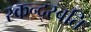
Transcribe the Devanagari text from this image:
स्कन्द्स्वति